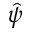
\hat { \psi }